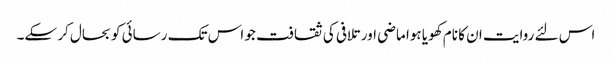
اس لئے روایت ان کا نام کھویا ہوا ماضی اور تلافی کی ثقافت جو اس تک رسائی کو بحال کر سکے۔